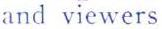
and viewers